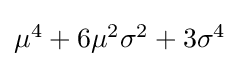
{\textstyle \mu ^{4}+6\mu ^{2}\sigma ^{2}+3\sigma ^{4}}